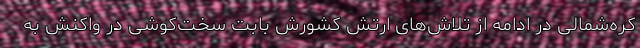
کره‌شمالی در ادامه از تلاش‌های ارتش کشورش بابت سخت‌کوشی در واکنش به